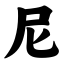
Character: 尼